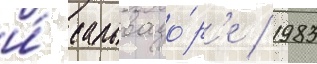
и́ сальвадо́р'е / 1983